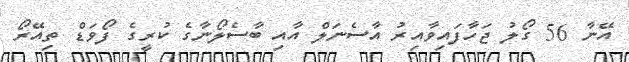
އޭނާ 56 ގޯލު ޖަހާފައިވާއިރު އާސެނަލް އާއި ބާސެލޯނާގެ ކުރީގެ ފޯވަޑް ތިއޭރޯ